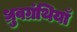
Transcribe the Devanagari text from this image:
ध्रुवग्रंथियाँ